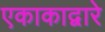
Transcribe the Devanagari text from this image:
एकाकाद्वारे